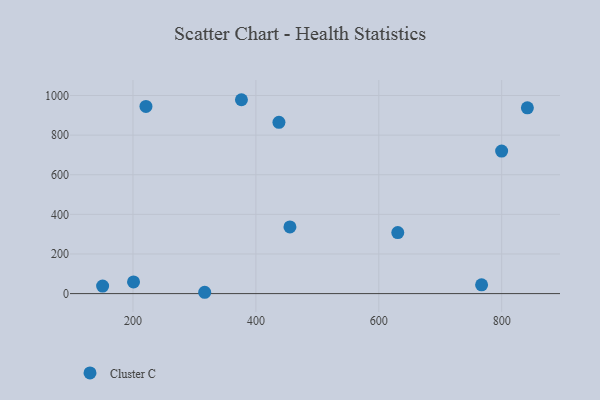
{"axis": {"x": "Study Hours", "y": "Salary"}, "legend": ["Cluster C"], "data": [{"x": "767.3", "y": 44.2, "type": "Cluster C"}, {"x": "376.5", "y": 978.7, "type": "Cluster C"}, {"x": "316.7", "y": 6.7, "type": "Cluster C"}, {"x": "200.9", "y": 59.1, "type": "Cluster C"}, {"x": "150.6", "y": 38.0, "type": "Cluster C"}, {"x": "221.1", "y": 945.1, "type": "Cluster C"}, {"x": "455.4", "y": 336.6, "type": "Cluster C"}, {"x": "799.9", "y": 719.3, "type": "Cluster C"}, {"x": "630.9", "y": 307.9, "type": "Cluster C"}, {"x": "841.8", "y": 937.8, "type": "Cluster C"}, {"x": "437.5", "y": 864.8, "type": "Cluster C"}]}